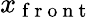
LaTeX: x_{\mathrm{~f~r~o~n~t~}}